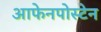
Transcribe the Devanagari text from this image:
आफेनपोस्टेन